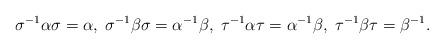
LaTeX: \begin{align*}\sigma^{-1} \alpha\sigma=\alpha, \; \sigma^{-1}\beta \sigma=\alpha^{-1}\beta, \; \tau^{-1} \alpha\tau=\alpha^{-1}\beta, \; \tau^{-1}\beta\tau=\beta^{-1}.\end{align*}